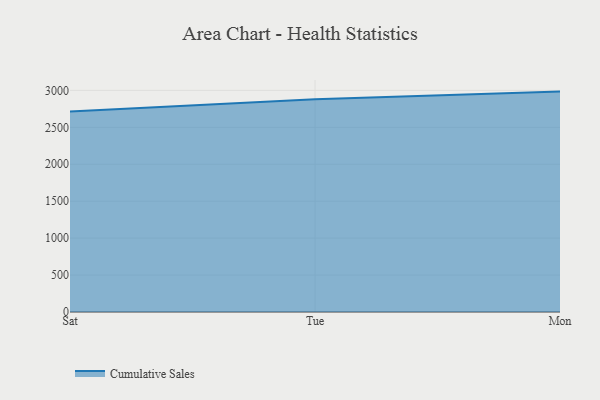
{"axis": {"x": "Day", "y": "Tickets Resolved"}, "legend": ["Cumulative Sales"], "data": [{"x": "Sat", "y": 2713.2, "type": "Cumulative Sales"}, {"x": "Tue", "y": 2880.5, "type": "Cumulative Sales"}, {"x": "Mon", "y": 2983.4, "type": "Cumulative Sales"}]}